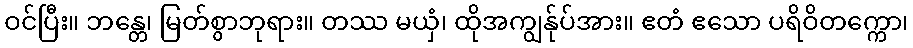
ဝင်ပြီး။ ဘန္တေ၊ မြတ်စွာဘုရား။ တဿ မယှံ၊ ထိုအကျွန်ုပ်အား။ ဧတံ ဧသော ပရိဝိတက္ကော၊